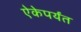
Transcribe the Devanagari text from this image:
ऐकेपर्यंत